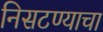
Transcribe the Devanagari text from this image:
निसटण्याचा